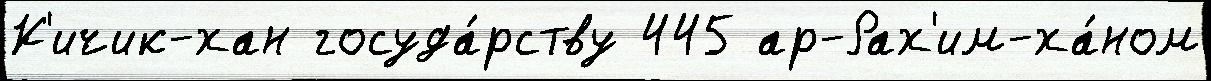
К'ичик-хан госуда́рству 445 ар-Рах'им-ха́ном